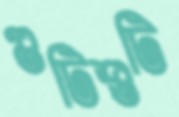
গুটিশুটি